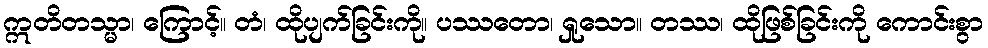
ဣတိတသ္မာ၊ ကြောင့်။ တံ၊ ထိုပျက်ခြင်းကို။ ပဿတော၊ ရှုသော။ တဿ၊ ထိုဖြစ်ခြင်းကို ကောင်းစွာ